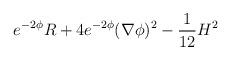
LaTeX: \begin{align*}e^{-2\phi}R+4e^{-2\phi}(\nabla \phi )^2-{1 \over 12} H^2\end{align*}